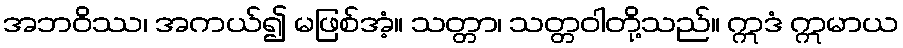
အဘဝိဿ၊ အကယ်၍ မဖြစ်အံ့။ သတ္တာ၊ သတ္တဝါတို့သည်။ ဣဒံ ဣမာယ